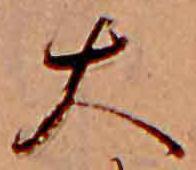
大